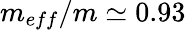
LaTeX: m_{eff}/m\simeq 0.93